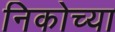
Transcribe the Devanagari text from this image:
निकोच्या